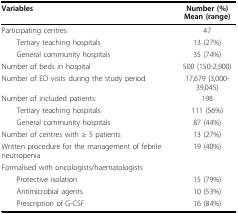
<table><thead><tr><td><b>Variables</b></td><td><b>Number (%)Mean (range)</b></td></tr></thead><tbody><tr><td>Participating centres:</td><td>47</td></tr><tr><td> Tertiary teaching hospitals</td><td>13 (27%)</td></tr><tr><td> General community hospitals</td><td>35 (74%)</td></tr><tr><td>Number of beds in hospital</td><td>500 (150-2,900)</td></tr><tr><td>Number of ED visits during the study period</td><td>17,679 (3,000-39,045)</td></tr><tr><td>Number of included patients:</td><td>198</td></tr><tr><td> Tertiary teaching hospitals</td><td>111 (56%)</td></tr><tr><td> General community hospitals</td><td>87 (44%)</td></tr><tr><td>Number of centres with ≥ 5 patients</td><td>13 (27%)</td></tr><tr><td>Written procedure for the management of febrile neutropenia</td><td>19 (40%)</td></tr><tr><td>Formalised with oncologists/haematologists</td><td></td></tr><tr><td> Protective isolation</td><td>15 (79%)</td></tr><tr><td> Antimicrobial agents</td><td>10 (53%)</td></tr><tr><td> Prescription of G-CSF</td><td>16 (84%)</td></tr></tbody></table>